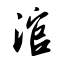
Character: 涫